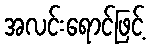
အလင်းရောင်ဖြင့်